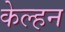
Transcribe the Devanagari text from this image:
केल्हन